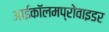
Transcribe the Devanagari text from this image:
आईकॉलमप्रोवाइडर